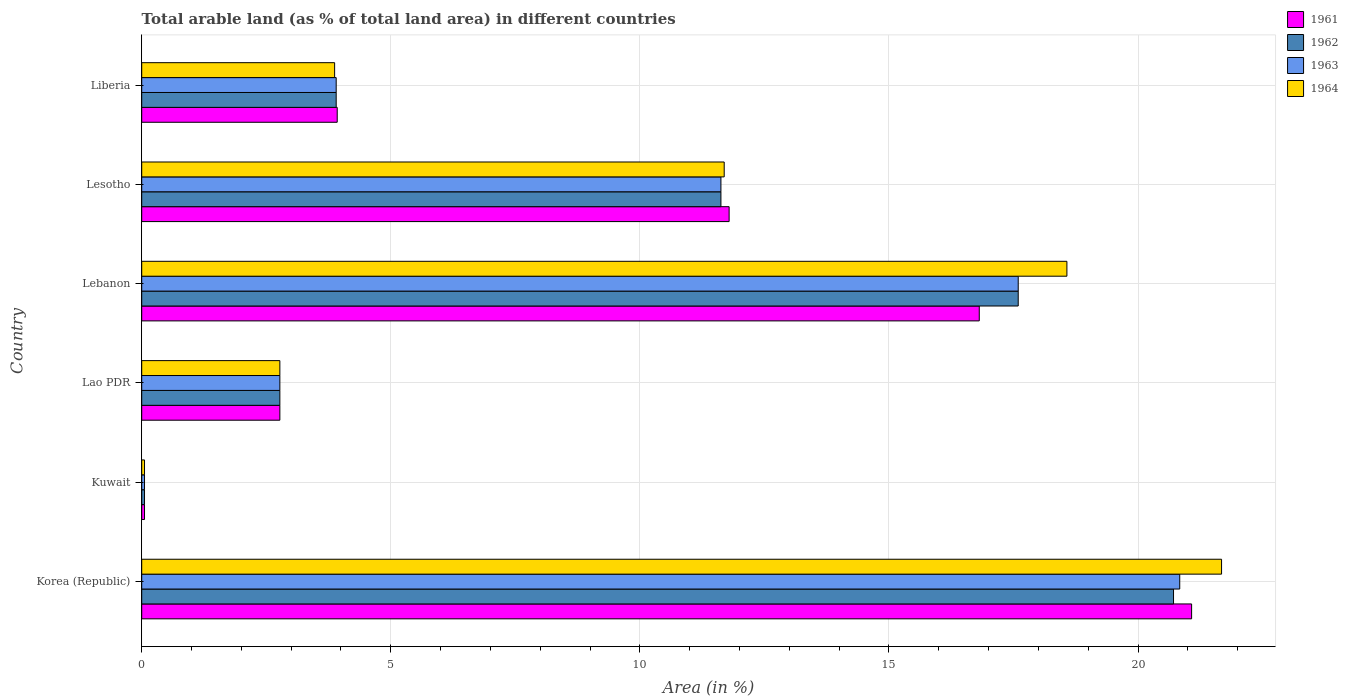
| Country | 1961 | 1962 | 1963 | 1964 |
 | --- | --- | --- | --- | --- |
 | Korea (Republic) | 21.1 | 20.7 | 20.8 | 21.7 |
 | Kuwait | 0.0561 | 0.0561 | 0.0561 | 0.0561 |
 | Lao PDR | 2.77 | 2.77 | 2.77 | 2.77 |
 | Lebanon | 16.8 | 17.6 | 17.6 | 18.6 |
 | Lesotho | 11.8 | 11.6 | 11.6 | 11.7 |
 | Liberia | 3.92 | 3.9 | 3.9 | 3.87 |